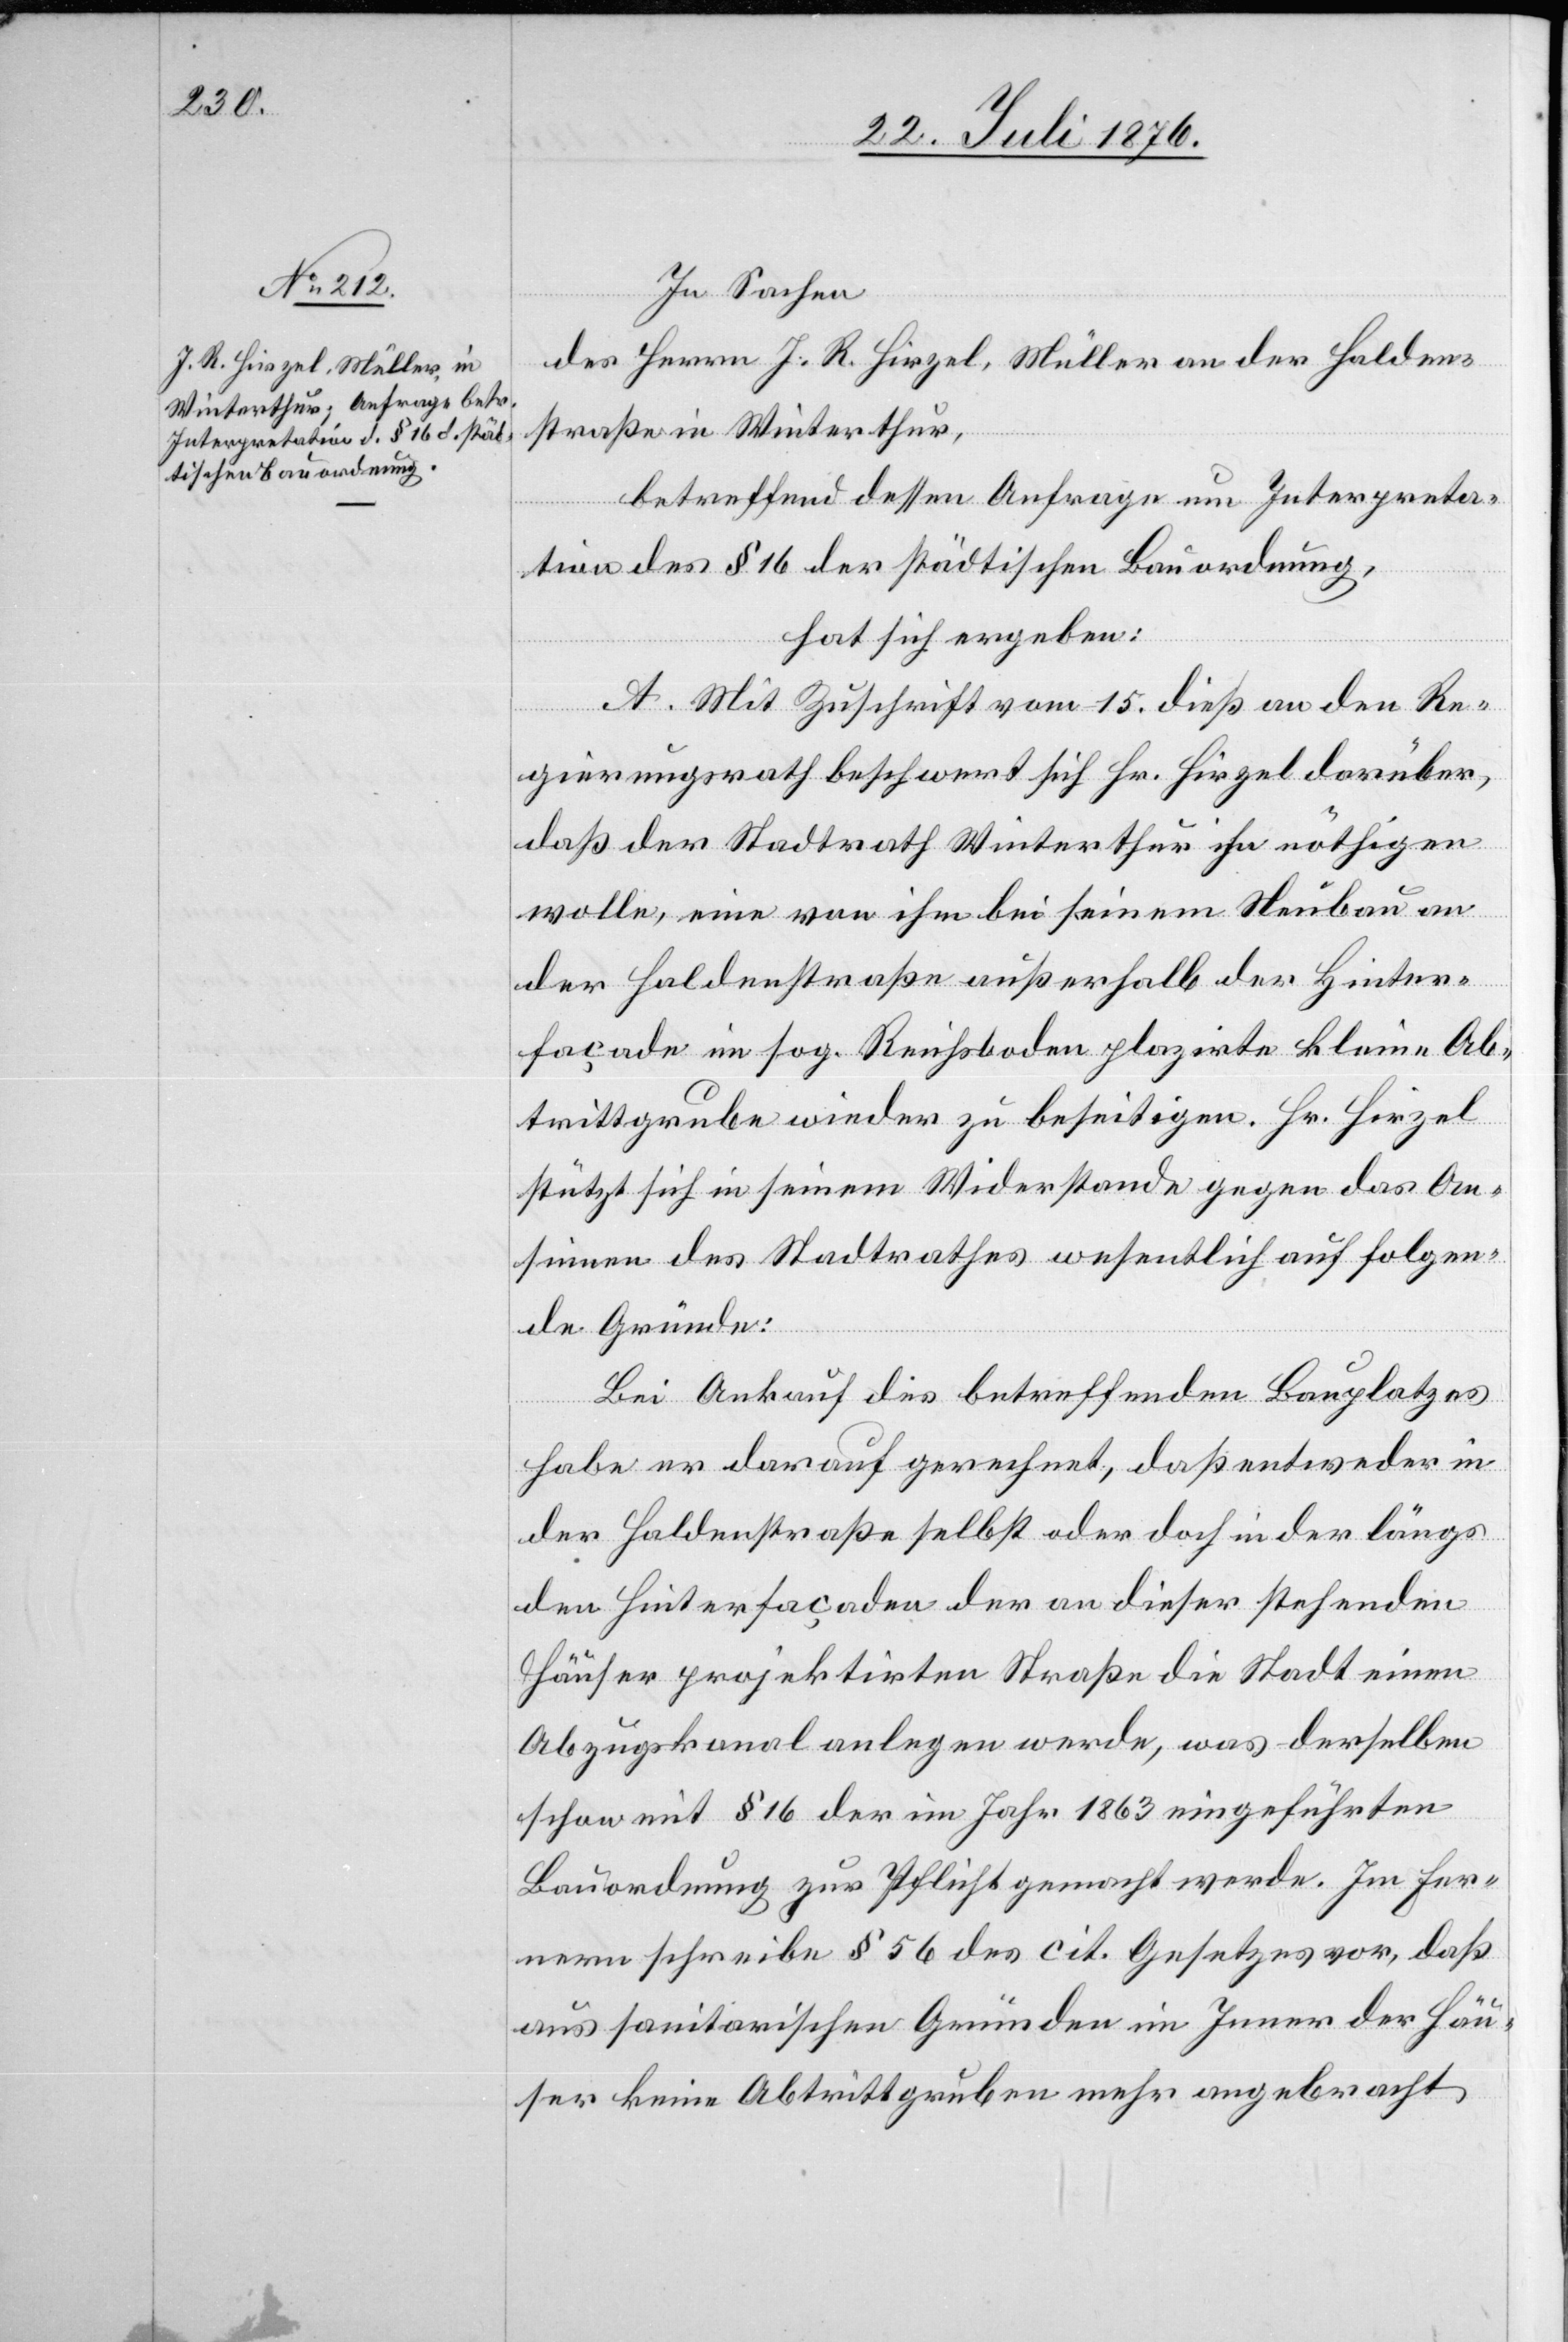
In Sachen
des Herrn J. R. Hirzel, Müller an der Halden¬
straße in Winterthur,
betreffend dessen Anfrage um Interpreta¬
tion des § 16 des städtischen Bauordnung,
hat sich ergeben:
A. Mit Zuschrift vom 15. dieß an den Re¬
gierungsrath beschwert sich Hr. Hirzel darüber,
daß der Stadtrath Winterthur ihn nöthigen
wolle, eine von ihm bei seinem Neubau an
der Haldenstraße außerhalb der Hinter¬
façade im sog. Reichsboden plazirte Klein-Ab¬
trittgrube wieder zu beseitigen. Hr. Hirzel
stützt sich in seinem Widerstande gegen das An¬
sinnen des Stadtrathes wesentlich auf folgen¬
de Gründe:
Bei Ankauf des betreffenden Bauplatzes
habe er darauf gerechnet, das entweder in
der Haldenstraße selbst oder doch in der längs
den Hinterfaçaden der an dieser stehenden
Häuser projektirten Straße die Stadt einen
Abzugskanal anlegen werde, was derselben
schon mit § 16 der im Jahr 1863 eingeführten
Bauordnung zur Pflicht gemacht werde. Im Fer¬
nern schreibe § 56 des cit. Gesetzes vor, daß
aus sanitarischen Gründen im Inner[n] der Häu¬
ser keine Abtrittgruben mehr angebracht